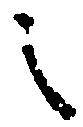
之